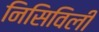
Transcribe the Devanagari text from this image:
निसिविली